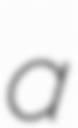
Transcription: a